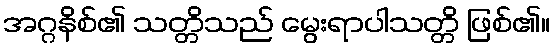
အဂ္ဂနိစ်၏ သတ္တိသည် မွေးရာပါသတ္တိ ဖြစ်၏။